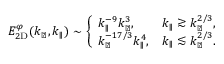
\begin{array} { r } { E _ { 2 \mathrm { D } } ^ { \varphi } ( k _ { \perp } , k _ { \parallel } ) \sim \left\{ \begin{array} { l l } { \displaystyle k _ { \parallel } ^ { - 9 } k _ { \perp } ^ { 3 } , } & { \displaystyle k _ { \parallel } \gtrsim k _ { \perp } ^ { 2 / 3 } , } \\ { \displaystyle k _ { \perp } ^ { - 1 7 / 3 } k _ { \parallel } ^ { 4 } , } & { \displaystyle k _ { \parallel } \lesssim k _ { \perp } ^ { 2 / 3 } . } \end{array} \right. } \end{array}